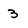
Character: 3